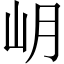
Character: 岄